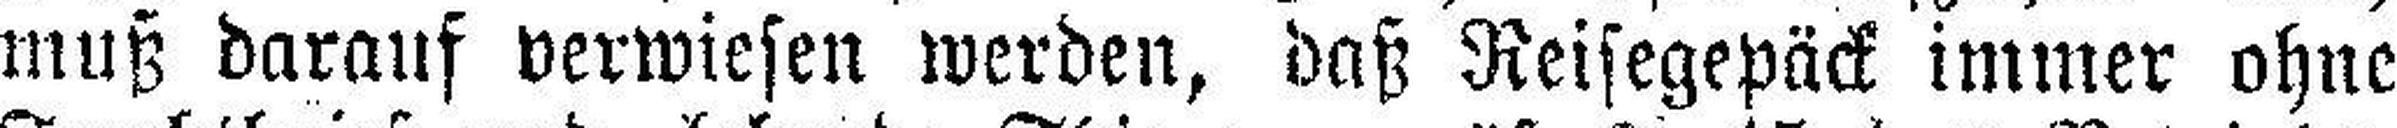
muß darauf verwiesen werden, daß Reisegepäck immer ohne